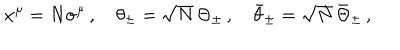
x ^ { \mu } = N \sigma ^ { \mu } \, , \quad \theta _ { \pm } = \sqrt { N } \, \Theta _ { \pm } \, , \quad \bar { \theta } _ { \pm } = \sqrt { N } \, \bar { \Theta } _ { \pm } \, ,